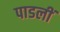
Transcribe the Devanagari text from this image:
पाडलीं